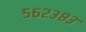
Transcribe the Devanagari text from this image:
५६२३८३